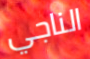
الناجي